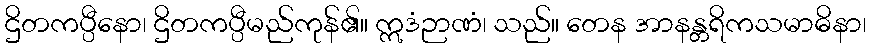
ဌိတကပ္ပီနော၊ ဌိတကပ္ပီမည်ကုန်၏။ ဣဒံဉာဏံ၊ သည်။ တေန အာနန္တရိကသမာဓိနာ၊